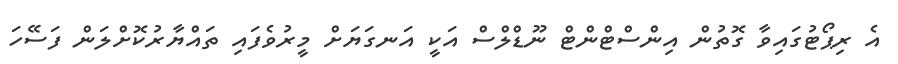
އެ ރިޕޯޓުގައިވާ ގޮތުން އިންސްޓްންޓް ނޫޑްލްސް އަކީ އަނގަޔަށް މީރުވެފައި ތައްޔާރުކޮށްލަން ފަސޭހަ